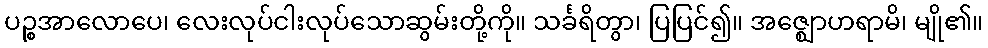
ပဉ္စအာလောပေ၊ လေးလုပ်ငါးလုပ်သောဆွမ်းတို့ကို။ သင်္ခရိတွာ၊ ပြပြင်၍။ အဇ္ဈောဟရာမိ၊ မျို၏။